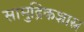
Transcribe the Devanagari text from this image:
सामुद्रिकशास्त्र